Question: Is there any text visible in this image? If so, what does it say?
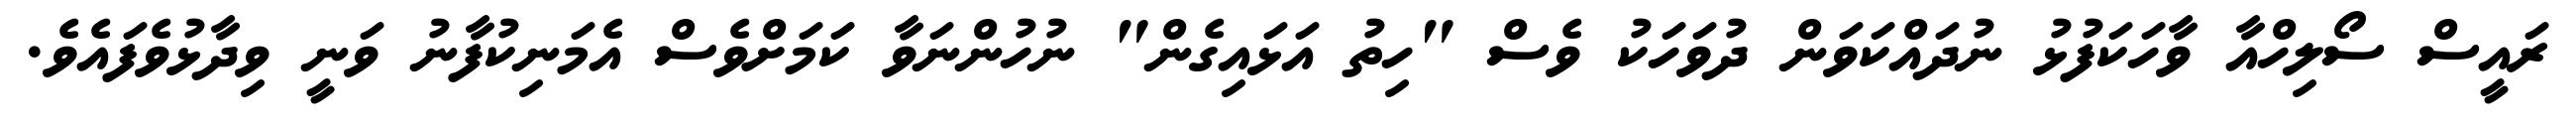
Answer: ރައީސް ސޯލިހްއާ ވާހަކަފުޅު ނުދައްކަވަން ދުވަހަކު ވެސް "ހިތު އަޅައިގެން" ނުހުންނަވާ ކަމަށްވެސް އެމަނިކުފާނު ވަނީ ވިދާޅުވެފައެވެ.